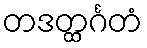
တဒတ္ထင်္ဂတံ